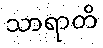
သာရာတိ